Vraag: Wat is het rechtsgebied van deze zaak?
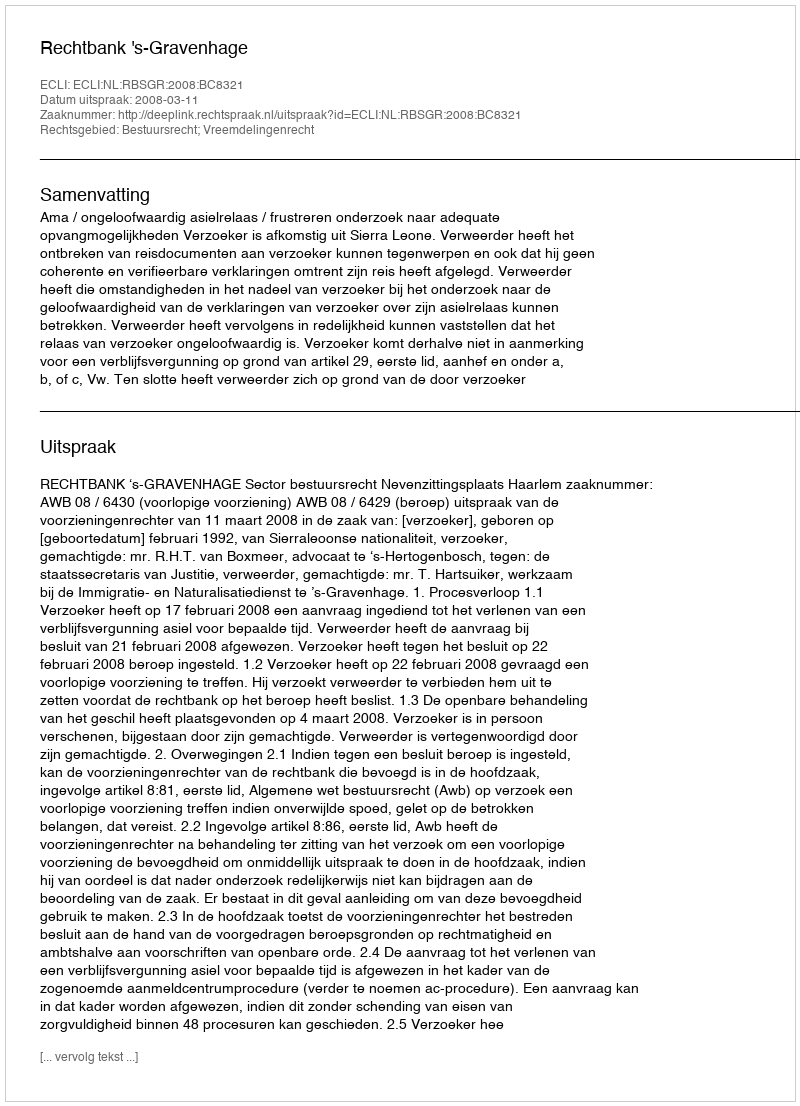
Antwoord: Bestuursrecht; Vreemdelingenrecht